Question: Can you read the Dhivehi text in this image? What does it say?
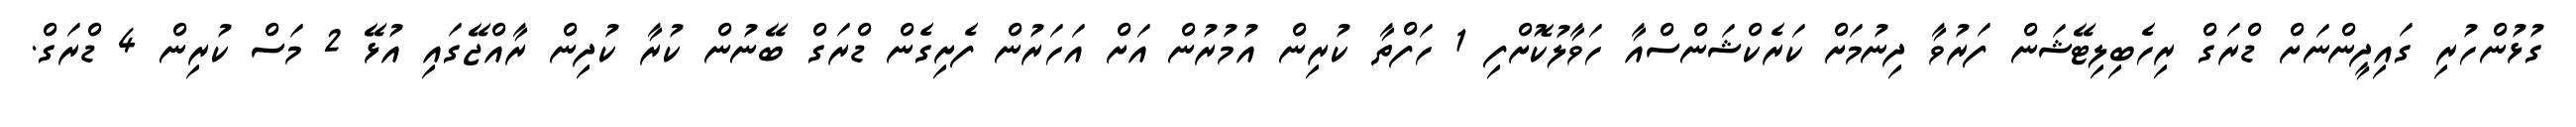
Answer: ގުޅުންހުރި ގައިދީންނަށް ޑްރަގް ރިހެބިލިޓޭޝަން ފަރުވާ ދިނުމަށް ކަރެކްޝަންސްއާ ހަވާލުކޮށްފި 1 ހަފްތާ ކުރިން އުމުރުން އަށް އަހަރުން ފެށިގެން ޑްރަގް ބޭނުން ކުރާ ކުދިން ރާއްޖޭގައި އުޅޭ 2 މަސް ކުރިން 4 ޑްރަގް.